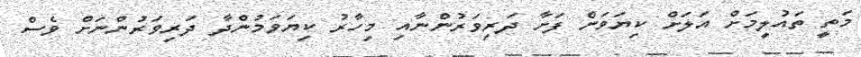
މަތީ ތައުލީމަށް އަލަށް ކިޔަވަން ފަށާ ދަރިވަރުންނާއި މިހާރު ކިޔަވަމުންދާ ދަރިވަރުންނަށް ވެސް